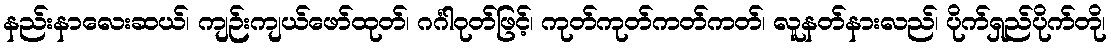
နည်းနာလေးဆယ်၊ ကျဉ်းကျယ်ဖော်ထုတ်၊ ဂင်္ဂါဝုတ်ဖြင့်၊ ကုတ်ကုတ်ကတ်ကတ်၊ လူနတ်နားလည်၊ ပိုက်ရှည်ပိုက်တို၊